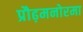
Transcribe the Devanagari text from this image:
प्रौढ़मनोरमा